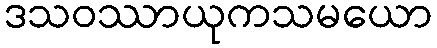
ဒသဝဿာယုကသမယော